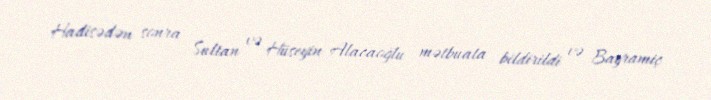
Hadisədən sonra Sultan və Hüseyin Alacaoğlu mətbuata bildirildi və Bayramiç